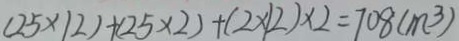
( 2 5 \times 1 2 ) + ( 2 5 \times 2 ) + ( 2 \times 1 2 ) \times 2 = 7 0 8 ( m ^ { 3 } )